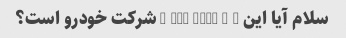
سلام آیا این abc rent - a - شرکت خودرو است؟